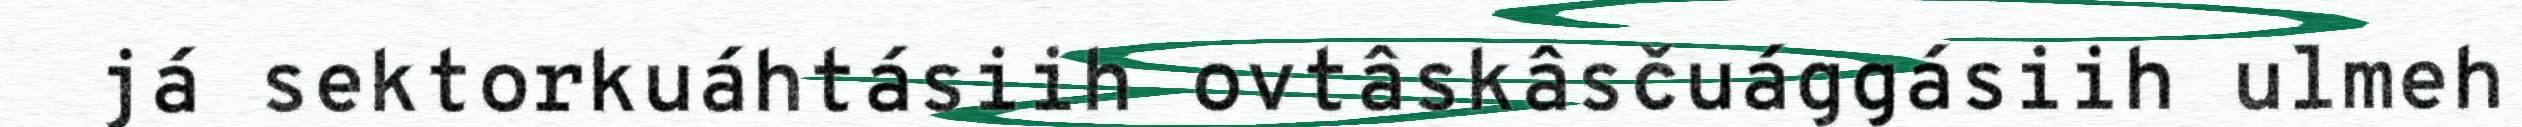
já sektorkuáhtásiih ovtâskâsčuággásiih ulmeh